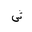
Letter: _shin